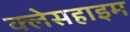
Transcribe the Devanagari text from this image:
क्लेसहाइम